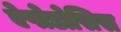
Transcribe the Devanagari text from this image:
ऐपोडोसिस